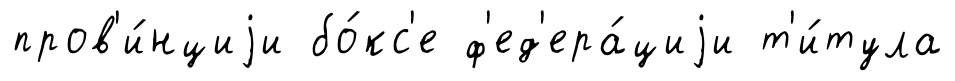
пров'и́нциjи бо́кс'е ф'ед'ера́циjи т'и́тула